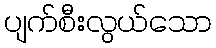
ပျက်စီးလွယ်သော